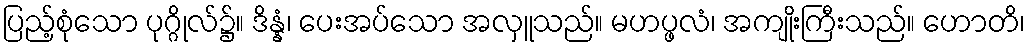
ပြည့်စုံသော ပုဂ္ဂိုလ်၌။ ဒိန္နံ၊ ပေးအပ်သော အလှူသည်။ မဟပ္ဖလံ၊ အကျိုးကြီးသည်။ ဟောတိ၊